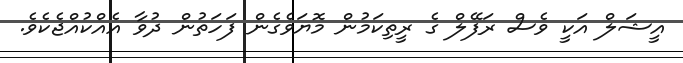
އީޝަލް އަކީ ވެސް ރަފޭލް ގެ ރީތިކަމުން މޮޔަވެގެން ފަހަތުން ދުވާ އެއްކުއްޖެކެވެ.